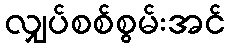
လျှပ်စစ်စွမ်းအင်